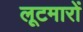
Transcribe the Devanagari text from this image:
लूटमारों